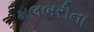
મલબરીના